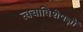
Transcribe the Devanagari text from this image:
त्वचाविशेषज्ञों